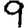
Digit: 9